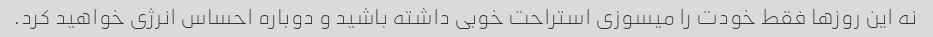
نه این روزها فقط خودت را میسوزی استراحت خوبی داشته باشید و دوباره احساس انرژی خواهید کرد.